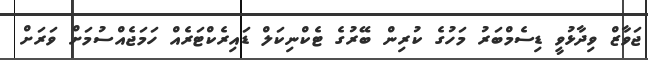
ޖަވާޒް ވިދާޅުވީ ޑިސެމްބަރު މަހުގެ ކުރިން ބޭރުގެ ޓެކްނިކަލް ޑައިރެކްޓަރެއް ހަމަޖެއްސުމަށް ވަރަށް